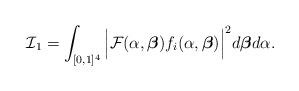
LaTeX: \begin{align*} \mathcal{I}_1=\int_{[0,1]^4}\Big|\mathcal{F}(\alpha,\boldsymbol{\beta})f_i(\alpha,\boldsymbol{\beta})\Big|^2d\boldsymbol{\beta}d\alpha.\end{align*}